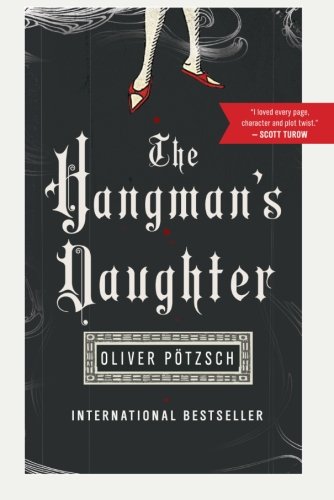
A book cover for The Hangman's Daughter (Hangman's Daughter Tales); Oliver PÃ¶tzsch; Mystery, Thriller & Suspense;